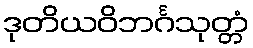
ဒုတိယဝိဘင်္ဂသုတ္တံ